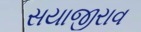
સયાજીરાવ